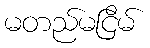
မတည်မငြိမ်